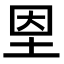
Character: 𡋘